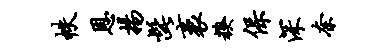
帙恩扬髭袤糗保深奈